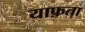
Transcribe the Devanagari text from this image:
याफ़ता